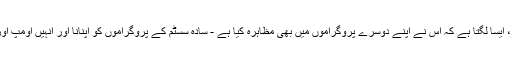
کاپی پیسٹ پرو کے ڈویلپر ، پلم حیرت انگیز ، ایسا لگتا ہے کہ اس نے اپنے دوسرے پروگراموں میں بھی مظاہرہ کیا ہے - سادہ سسٹم کے پروگراموں کو اپنانا اور انہیں اومپ اور اضافی خصوصیات سے بھرپور پمپ کرنا۔